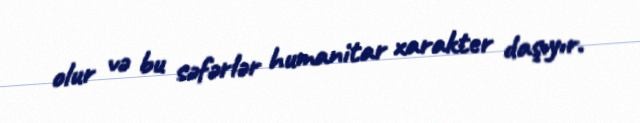
olur və bu səfərlər humanitar xarakter daşıyır.